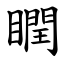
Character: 瞤